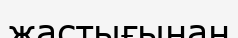
жастығынан